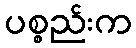
ပစ္စည်းက